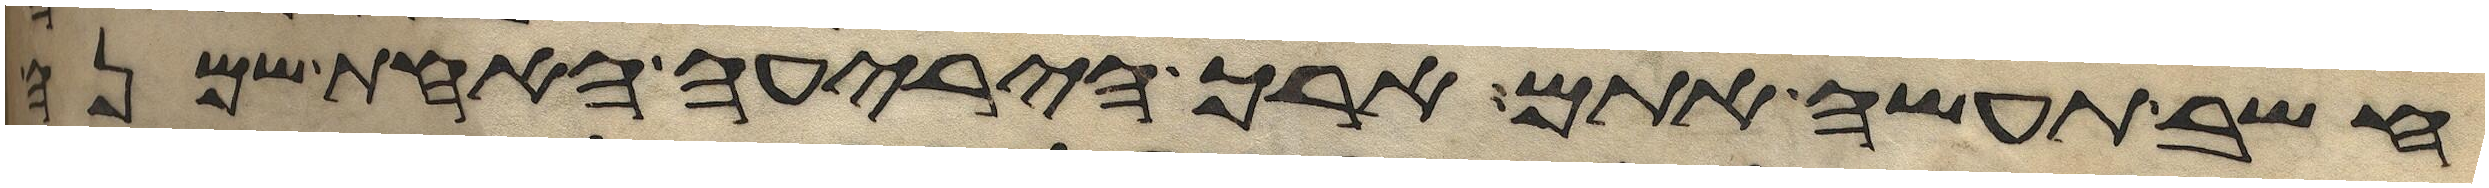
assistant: חשב תעשה אתם ארך היריעה האחת שמנה